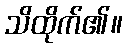
သိထိုက်၏။